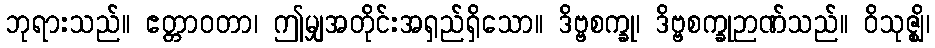
ဘုရားသည်။ ဧတ္တာဝတာ၊ ဤမျှအတိုင်းအရှည်ရှိသော။ ဒိဗ္ဗစက္ခု၊ ဒိဗ္ဗစက္ခုဉာဏ်သည်။ ဝိသုဇ္ဈိ၊